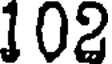
102